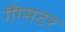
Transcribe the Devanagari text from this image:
गैंग्सटर